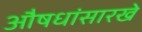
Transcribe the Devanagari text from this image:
औषधांसारखे